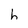
Character: h